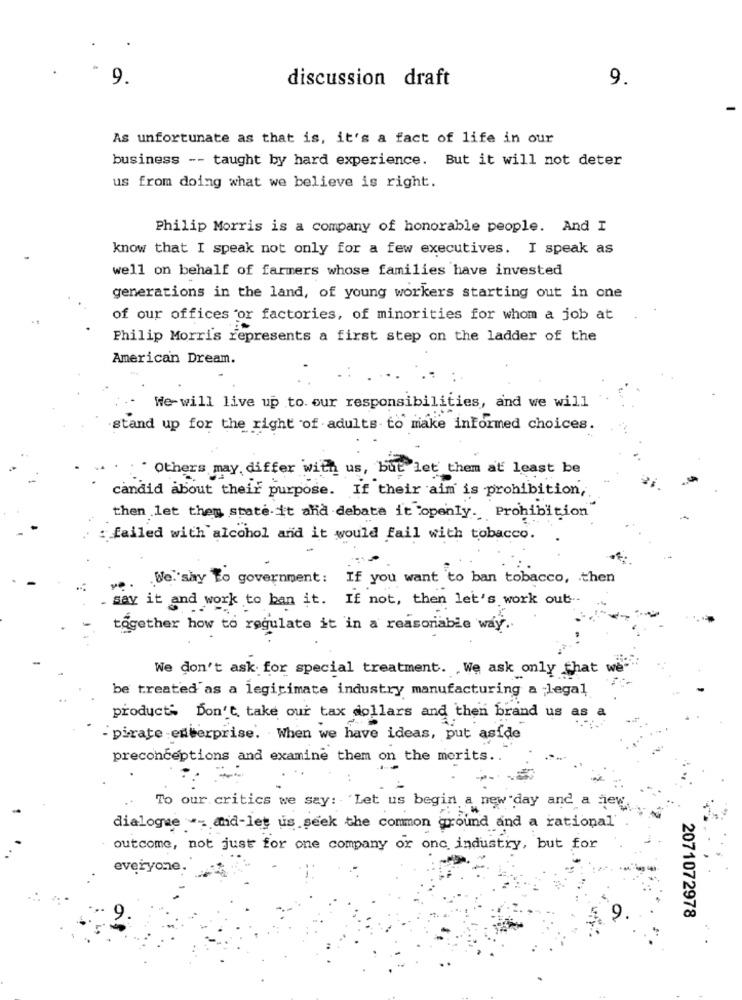
9.
discussion draft
9.
As unfortunate as that is, it's a fact of life in our
business -- taught by hard experience. But it will not deter
us from doing what we believe is right.
Philip Morris is a company of honorable people. And I
know that I speak not only for a few executives. I speak as
well on behalf of farmers whose families have invested
generations in the land, of young workers starting out in one
of our offices or factories, of minorities for whom a job at
Philip Morris represents a first step on the ladder of the
American Dream.
We-will live up to. our responsibilities, and we will
stand up for the right of adults to make informed choices.
:" Others may differ with us, but let them at least be
candid about their purpose. If their aim is prohibition,
then let them state-it and debate it openly. Prohibition
: failed with alcohol and it would fail with tobacco.
.We. say To government: If you want to ban tobacco, then
say it and work to ban it. If not, then let's work out-
together how to regulate it in a reasonable way ..
We don't ask for special treatment. . We ask only that
be treated as a legitimate industry manufacturing a ;legal
product: Don't take our tax dollars and then brand us as a
- pirate -enterprise. When we have ideas, put aside
preconceptions and examine them on the merits ..
To our critics we say: 'Let us begin a new day and a few
dialogue -- and-let us seek the common ground and a rational
outcome, not just for one company or one industry, but for
everyone.
2071072978